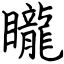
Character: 矓